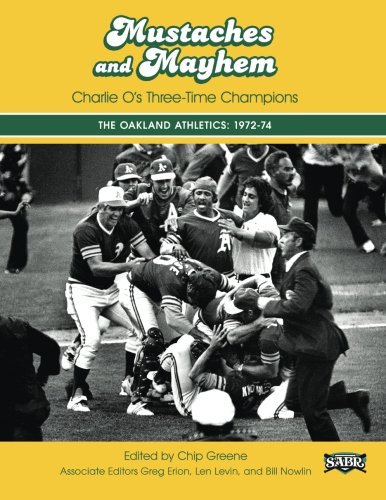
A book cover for Mustaches and Mayhem: Charlie O's Three-Time Champions: The Oakland Athletics: 1972-74 (SABR Digital Library) (Volume 31); Chip Greene; Sports & Outdoors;